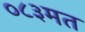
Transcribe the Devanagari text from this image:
०८३मत